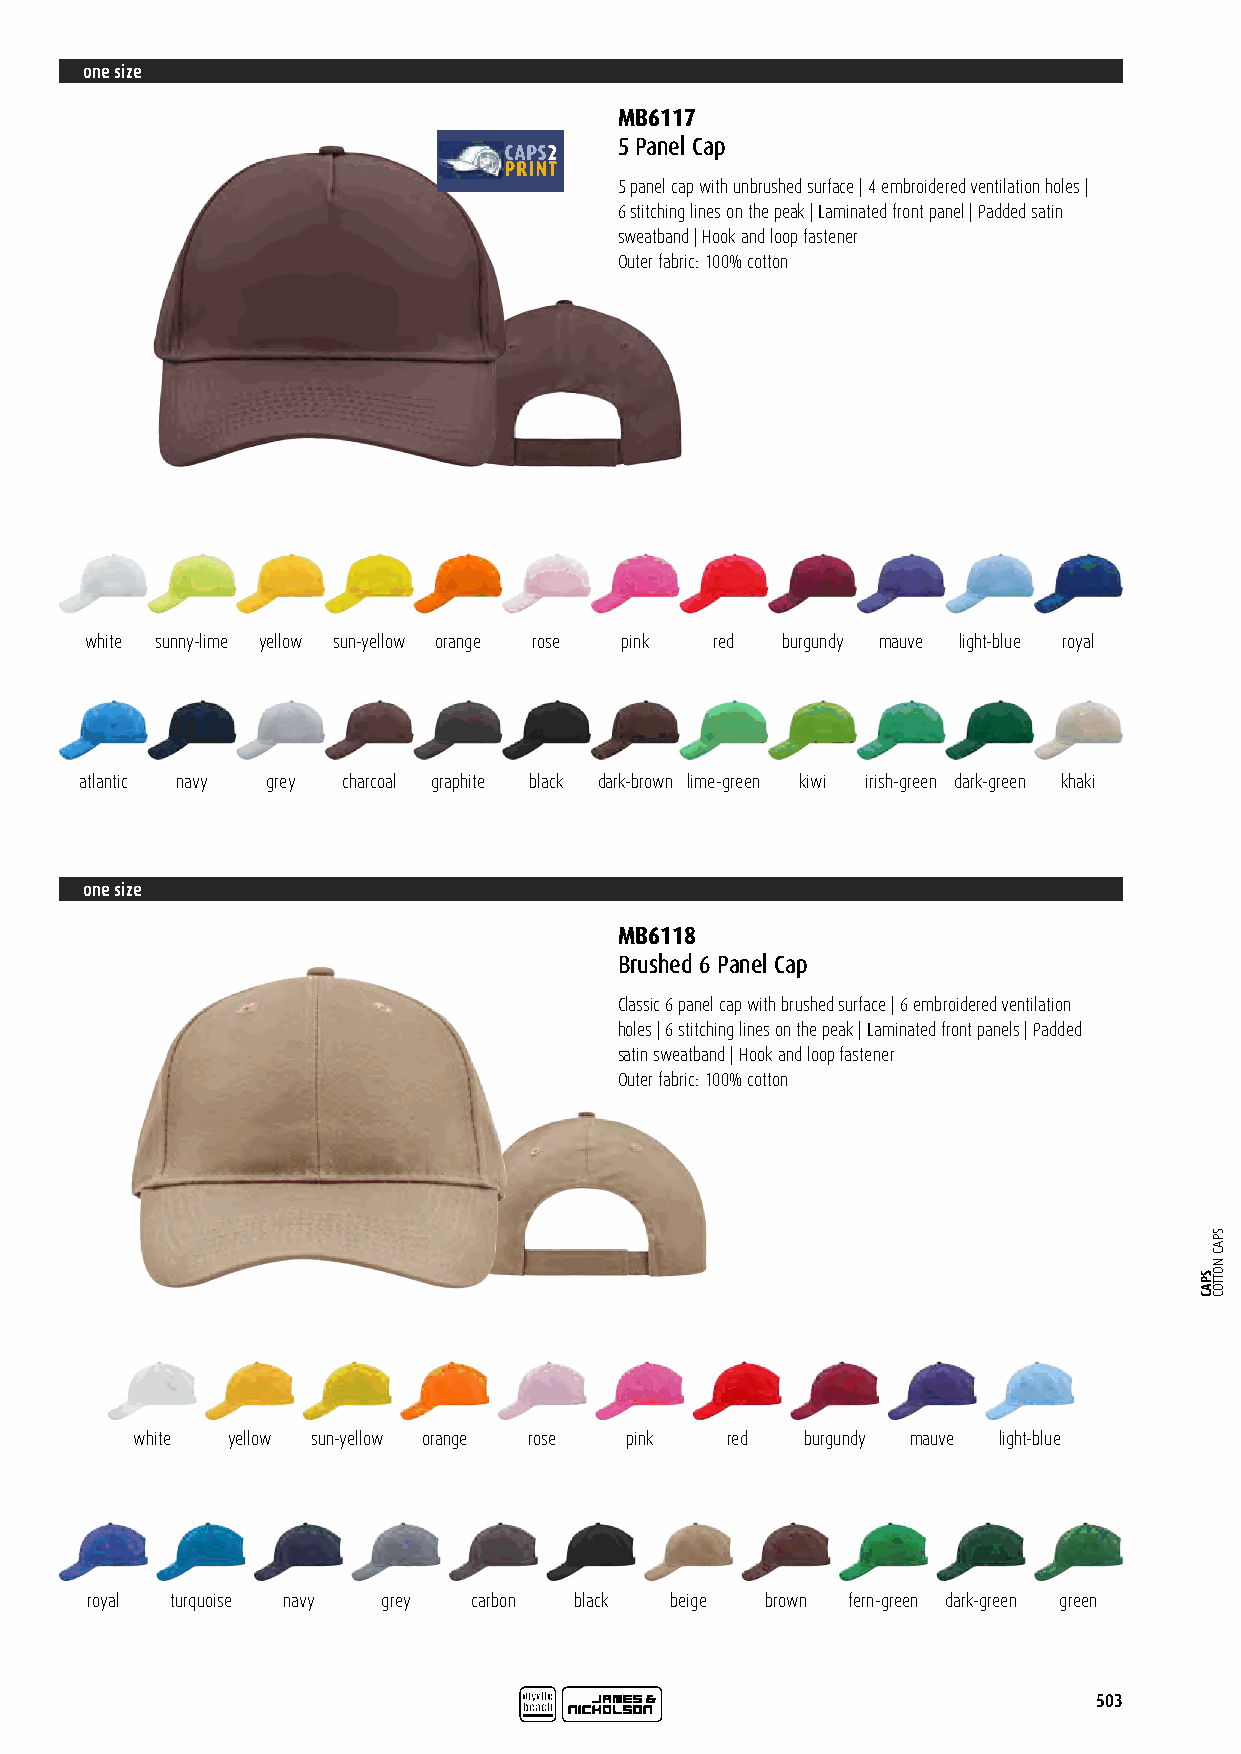
one size
 MB6117
 5 Panel Cap
 5 panel cap with unbrushed surface | 4 embroidered ventilation holes |
 6 stitching lines on the peak | Laminated front panel | Padded satin
 sweatband | Hook and loop fastener
 Outer fabric: 100% cotton
 white sunny-lime yellow sun-yellow orange rose pink red burgundy mauve light-blue royal
 atlantic navy grey charcoal graphite black dark-brown lime-green kiwi irish-green dark-green khaki
 one size
 MB6118
 Brushed 6 Panel Cap
 Classic 6 panel cap with brushed surface | 6 embroidered ventilation
 holes | 6 stitching lines on the peak | Laminated front panels | Padded
 satin sweatband | Hook and loop fastener
 Outer fabric: 100% cotton
 white yellow sun-yellow orange rose pink red burgundy mauve light-blue
 royal turquoise navy grey carbon black beige brown fern-green dark-green green
 503
 SPAC
 SPAC
 NOTTOC